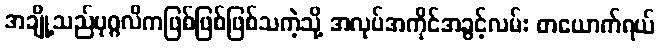
အချို့သည်ပုဂ္ဂလိကဖြစ်ဖြစ်ဖြစ်သကဲ့သို့ အလုပ်အကိုင်အခွင့်လမ်း တယောက်ရယ်